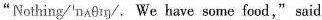
"Nothing/'nAθɪŋ/. We have some food,"said